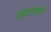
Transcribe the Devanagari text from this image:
सांबादेवाचे